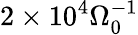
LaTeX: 2\times 10^{4}\Omega_{0}^{-1}